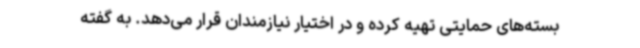
بسته‌های حمایتی تهیه کرده و در اختیار نیازمندان قرار می‌دهد. به گفته